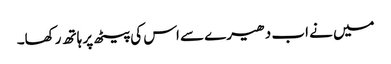
میں نے اب دھیرے سے اس کی پیٹھ پر ہاتھ رکھا۔